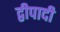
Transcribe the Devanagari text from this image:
द्वीपादी